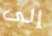
إلى